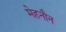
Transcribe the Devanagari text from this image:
मेहनौन